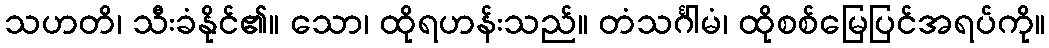
သဟတိ၊ သီးခံနိုင်၏။ သော၊ ထိုရဟန်းသည်။ တံသင်္ဂါမံ၊ ထိုစစ်မြေပြင်အရပ်ကို။